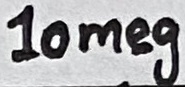
Text: 10meg